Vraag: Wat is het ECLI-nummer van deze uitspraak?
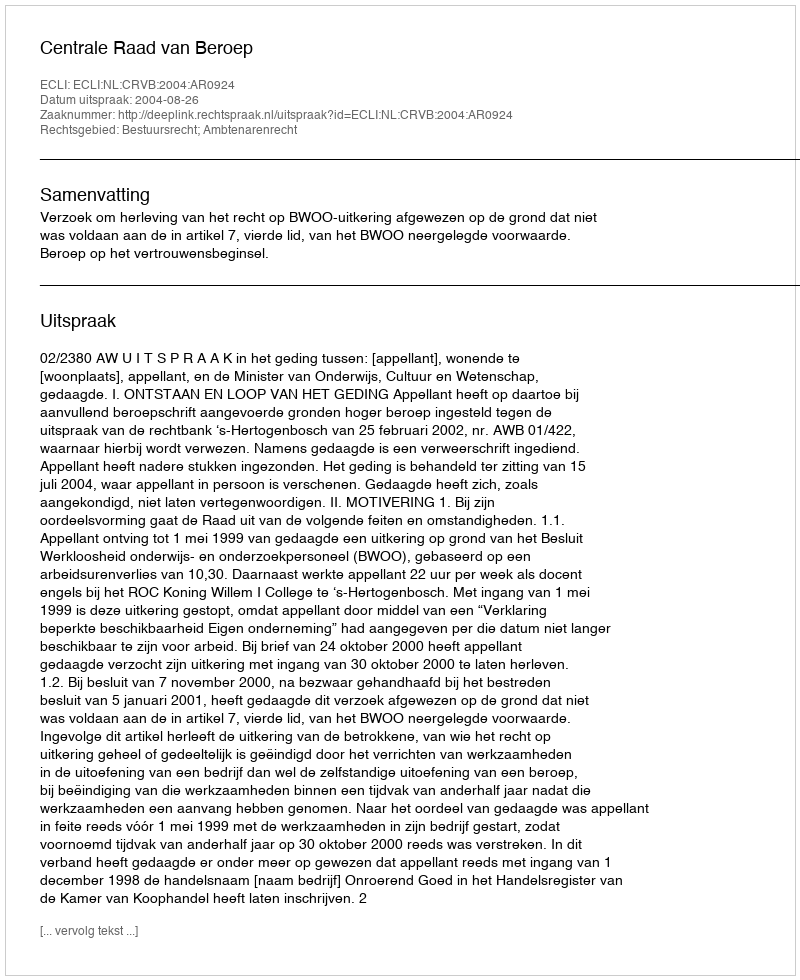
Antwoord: ECLI:NL:CRVB:2004:AR0924